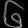
Digit: ၆